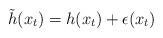
\begin{align*}\tilde{h}(x_{t})=h(x_t)+\epsilon(x_t)\end{align*}